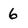
Character: 6